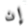
إن